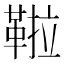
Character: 鞡